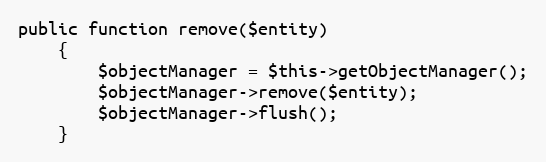
Language: PHP
public function remove($entity)
    {
        $objectManager = $this->getObjectManager();
        $objectManager->remove($entity);
        $objectManager->flush();
    }